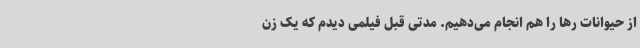
از حیوانات رها را هم انجام می‌دهیم. مدتی قبل فیلمی دیدم که یک زن